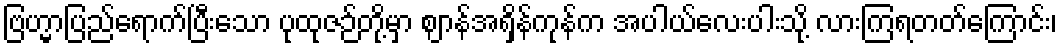
ဗြဟ္မာပြည်ရောက်ပြီးသော ပုထုဇဉ်တို့မှာ ဈာန်အရှိန်ကုန်က အပါယ်လေးပါးသို့ လားကြရတတ်ကြောင်း၊